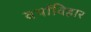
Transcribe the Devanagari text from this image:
वर्षाविहार